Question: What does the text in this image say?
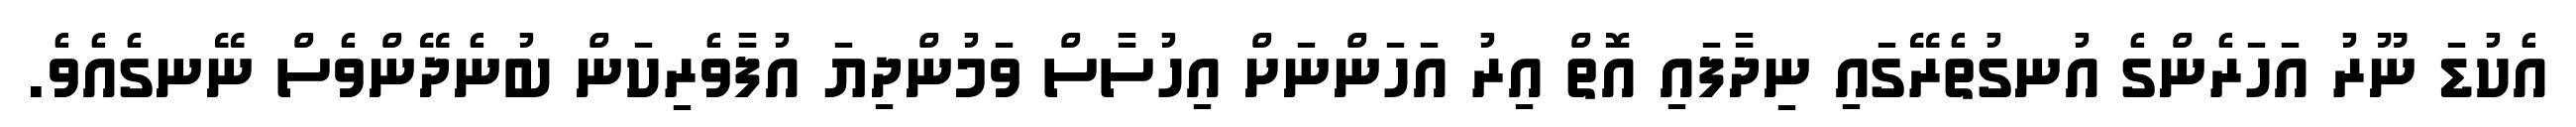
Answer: އެކުޑަ ނޫރު އަހަރެންގެ އުނގުތެރޭގައި ނިދާފައި އޮތް އިރު އަހަންނަށް އިހުސާސް ވަމުންދިޔަ އުފާވެރިކަން ބުނެދޭންވެސް ނޭނގެއެވެ.